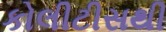
કોલીટીસથી